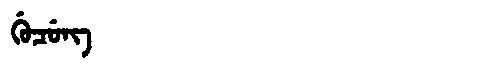
Manchu: ᡤᡠᠴᡠᠩ
Romanization: GUCUNG